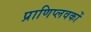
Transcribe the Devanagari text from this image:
प्राणिप्लवकों